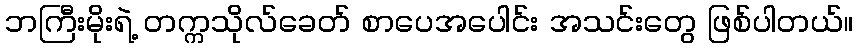
ဘကြီးမိုးရဲ့ တက္ကသိုလ်ခေတ် စာပေအပေါင်း အသင်းတွေ ဖြစ်ပါတယ်။